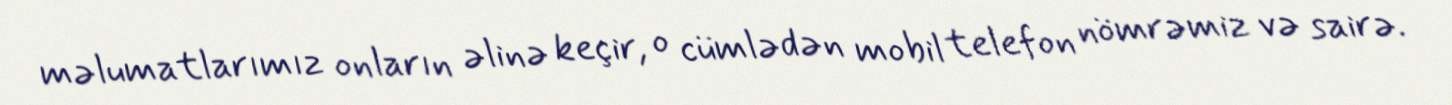
məlumatlarımız onların əlinə keçir, o cümlədən mobil telefon nömrəmiz və sairə.